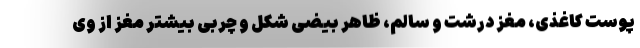
پوست کاغذی، مغز درشت و سالم، ظاهر بیضی شکل و چربی بیشتر مغز از وی